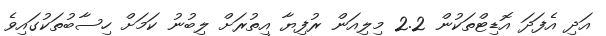
އަދި އެފަދަ އޮޑިޓްތަކުން 2.2 މިލިއަން ރުފިޔާ އިތުރަށް ލިބުނު ކަމަށް ހިސާބުތަކުގައިވެ